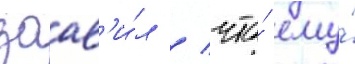
заав'и́л / что́ ему́